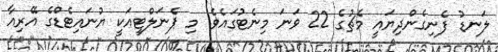
ލަނޑު ފެނިގެންދިޔައީ މެޗުގެ 22 ވަނަ މިނެޓުގައެވެ. މި ޕެނަލްޓީއަކީ ޔުނައިޓެޑްގެ އޭރިއާ